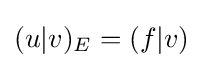
(u|v)_{E}=(f|v)